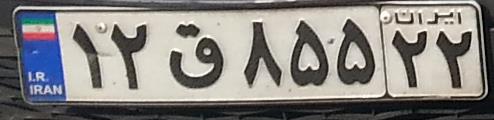
۱۲ق۸۵۵۲۲